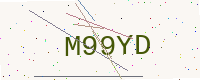
Text: M99YD